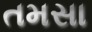
તમસા